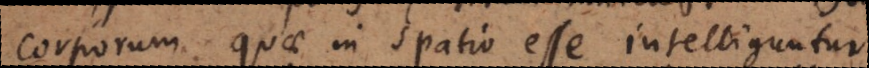
corporum quae in spatio esse intelliguntur